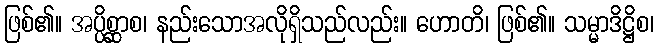
ဖြစ်၏။ အပ္ပိစ္ဆာစ၊ နည်းသောအလိုရှိသည်လည်း။ ဟောတိ၊ ဖြစ်၏။ သမ္မာဒိဋ္ဌိစ၊